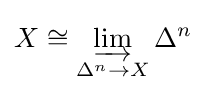
X\cong \varinjlim _{\Delta ^{n}\to X}\Delta ^{n}